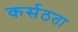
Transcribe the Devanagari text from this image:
कर्सठता